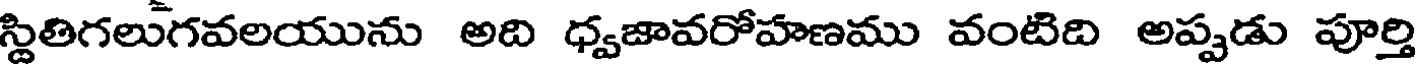
స్థితిగలుగవలయును అది ధ్వజావరోహణము వంటిది అప్పడు పూర్తి